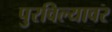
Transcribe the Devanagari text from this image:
पुरविल्यावर